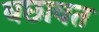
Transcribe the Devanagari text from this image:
बछावत